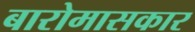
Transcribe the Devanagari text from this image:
बारोमासकार